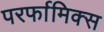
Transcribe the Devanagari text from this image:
परर्फामिक्स